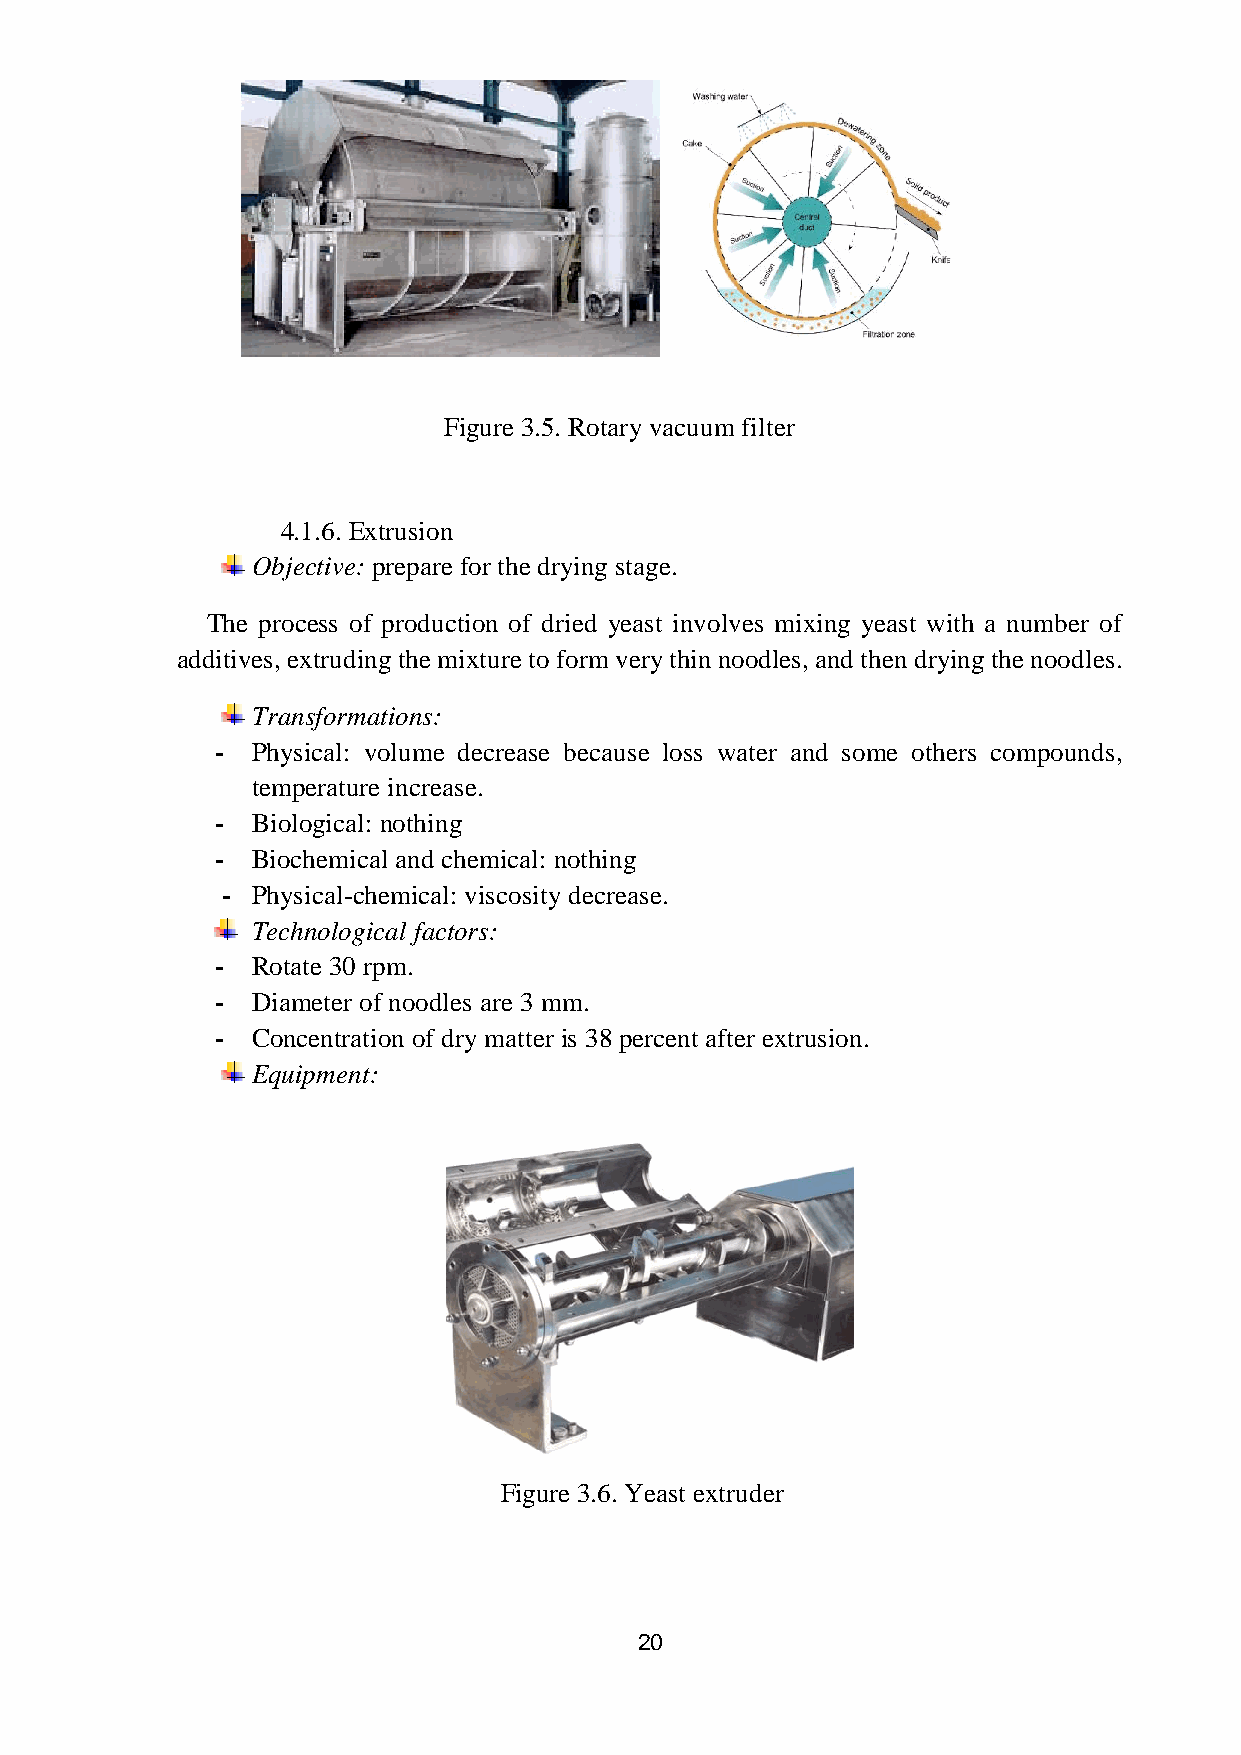
Figure 3.5. Rotary vacuum filter
 4.1.6. Extrusion
 Objective: prepare for the drying stage.
 The process of production of dried yeast involves mixing yeast with a number of
 additives, extruding the mixture to form very thin noodles, and then drying the noodles.
 Transformations:
 -  Physical: volume decrease because loss water and some others compounds,
 temperature increase.
 -  Biological: nothing
 -  Biochemical and chemical: nothing
 - Physical-chemical: viscosity decrease.
 Technological factors:
 -  Rotate 30 rpm.
 -  Diameter of noodles are 3 mm.
 -  Concentration of dry matter is 38 percent after extrusion.
 Equipment:
 Figure 3.6. Yeast extruder
 20